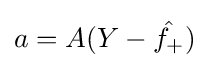
a=A(Y-{\hat {f_{+}}})